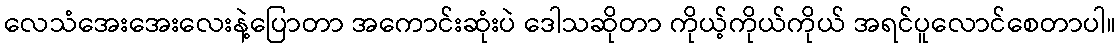
လေသံအေးအေးလေးနဲ့ပြောတာ အကောင်းဆုံးပဲ ဒေါသဆိုတာ ကိုယ့်ကိုယ်ကိုယ် အရင်ပူလောင်စေတာပါ။